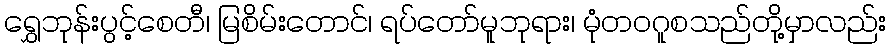
ရွှေဘုန်းပွင့်စေတီ၊ မြစိမ်းတောင်၊ ရပ်တော်မူဘုရား၊ မုံတဝဂူစသည်တို့မှာလည်း